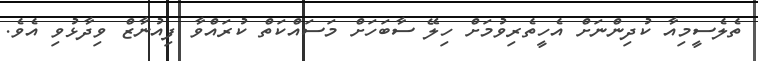
ތެލެސީމިއާ ކުދިންނަށް އެހީތެރިވުމަށް ހިލޭ ސާބަހަށް މަސައްކަތް ކުރައްވާ ފިއުނާޒް ވިދާޅުވި އެވެ.